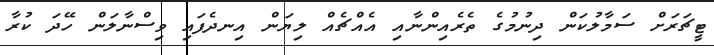
ޓީޗަރަށް ސަމާލުކަން ދިނުމުގެ ތެރެއިންނާއި އެއްޗެއް ލިޔަން އިނދެފައި ވިސްނާލަން ހޭދަ ކުރާ